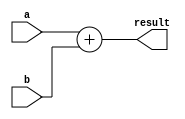
`timescale 1ns / 1ps
//////////////////////////////////////////////////////////////////////////////////
// Company: 
// 
// Design Name: 
// Module Name: adder
// Project Name: 
// Target Devices: 
// Tool Versions: 
// Description: 
// 
// Dependencies: 
// 
// Revision:
// Revision 0.01 - File Created
// Additional Comments:
// 
//////////////////////////////////////////////////////////////////////////////////


module adder #(parameter WIDTH =32)
    (
    input [WIDTH-1:0] a,b,
    output [WIDTH-1:0] result
    );
    
    assign result=a+b;
    
endmodule